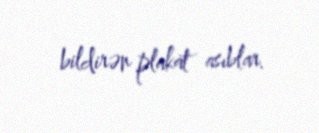
bildirən plakat asıblar.